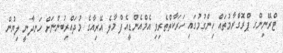
ޓްރޭނިންގ ޕްރޮގްރާމުތައް ހިންގުމުގައި ހަރަކާތްތެރިވި އެމްއެންޑީއެފް މާލެ އޭރިއާގެ މުދައްރިބުންނަށް ހަނދާނީ ލިޔުން